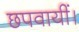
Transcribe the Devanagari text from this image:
छपवायीं।